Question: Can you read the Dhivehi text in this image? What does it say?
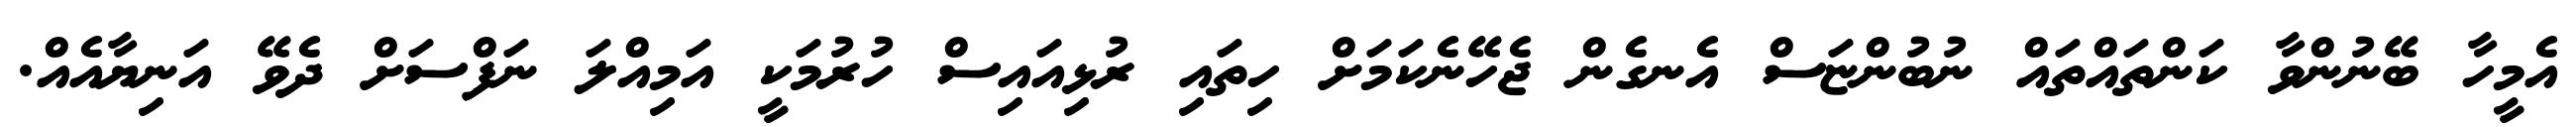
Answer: އެމީހާ ބޭނުންވާ ކަންތައްތައް ނުބުންޏަސް އެނގެން ޖެހޭނެކަމަށް ހިތައި ރުޅިއައިސް ހުރުމަކީ އަމިއްލަ ނަފްސަށް ދެވޭ އަނިޔާއެއް.